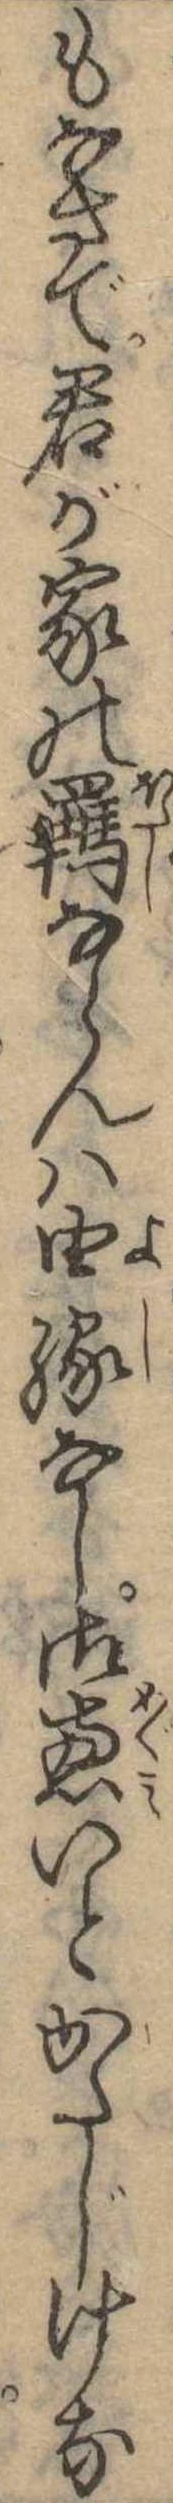
もなさで君が家の羈ならんは由縁なし御恵いとかたじけな